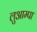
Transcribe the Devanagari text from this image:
लुआम्पा